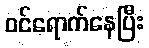
ဝင်ရောက်နေပြီး